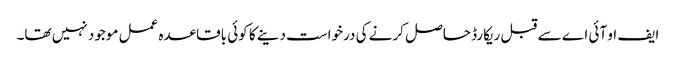
ایف او آئی اے سے قبل ریکارڈ حاصل کرنے کی درخواست دینے کا کوئی باقاعدہ عمل موجود نہیں تھا۔